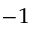
^ { - 1 }